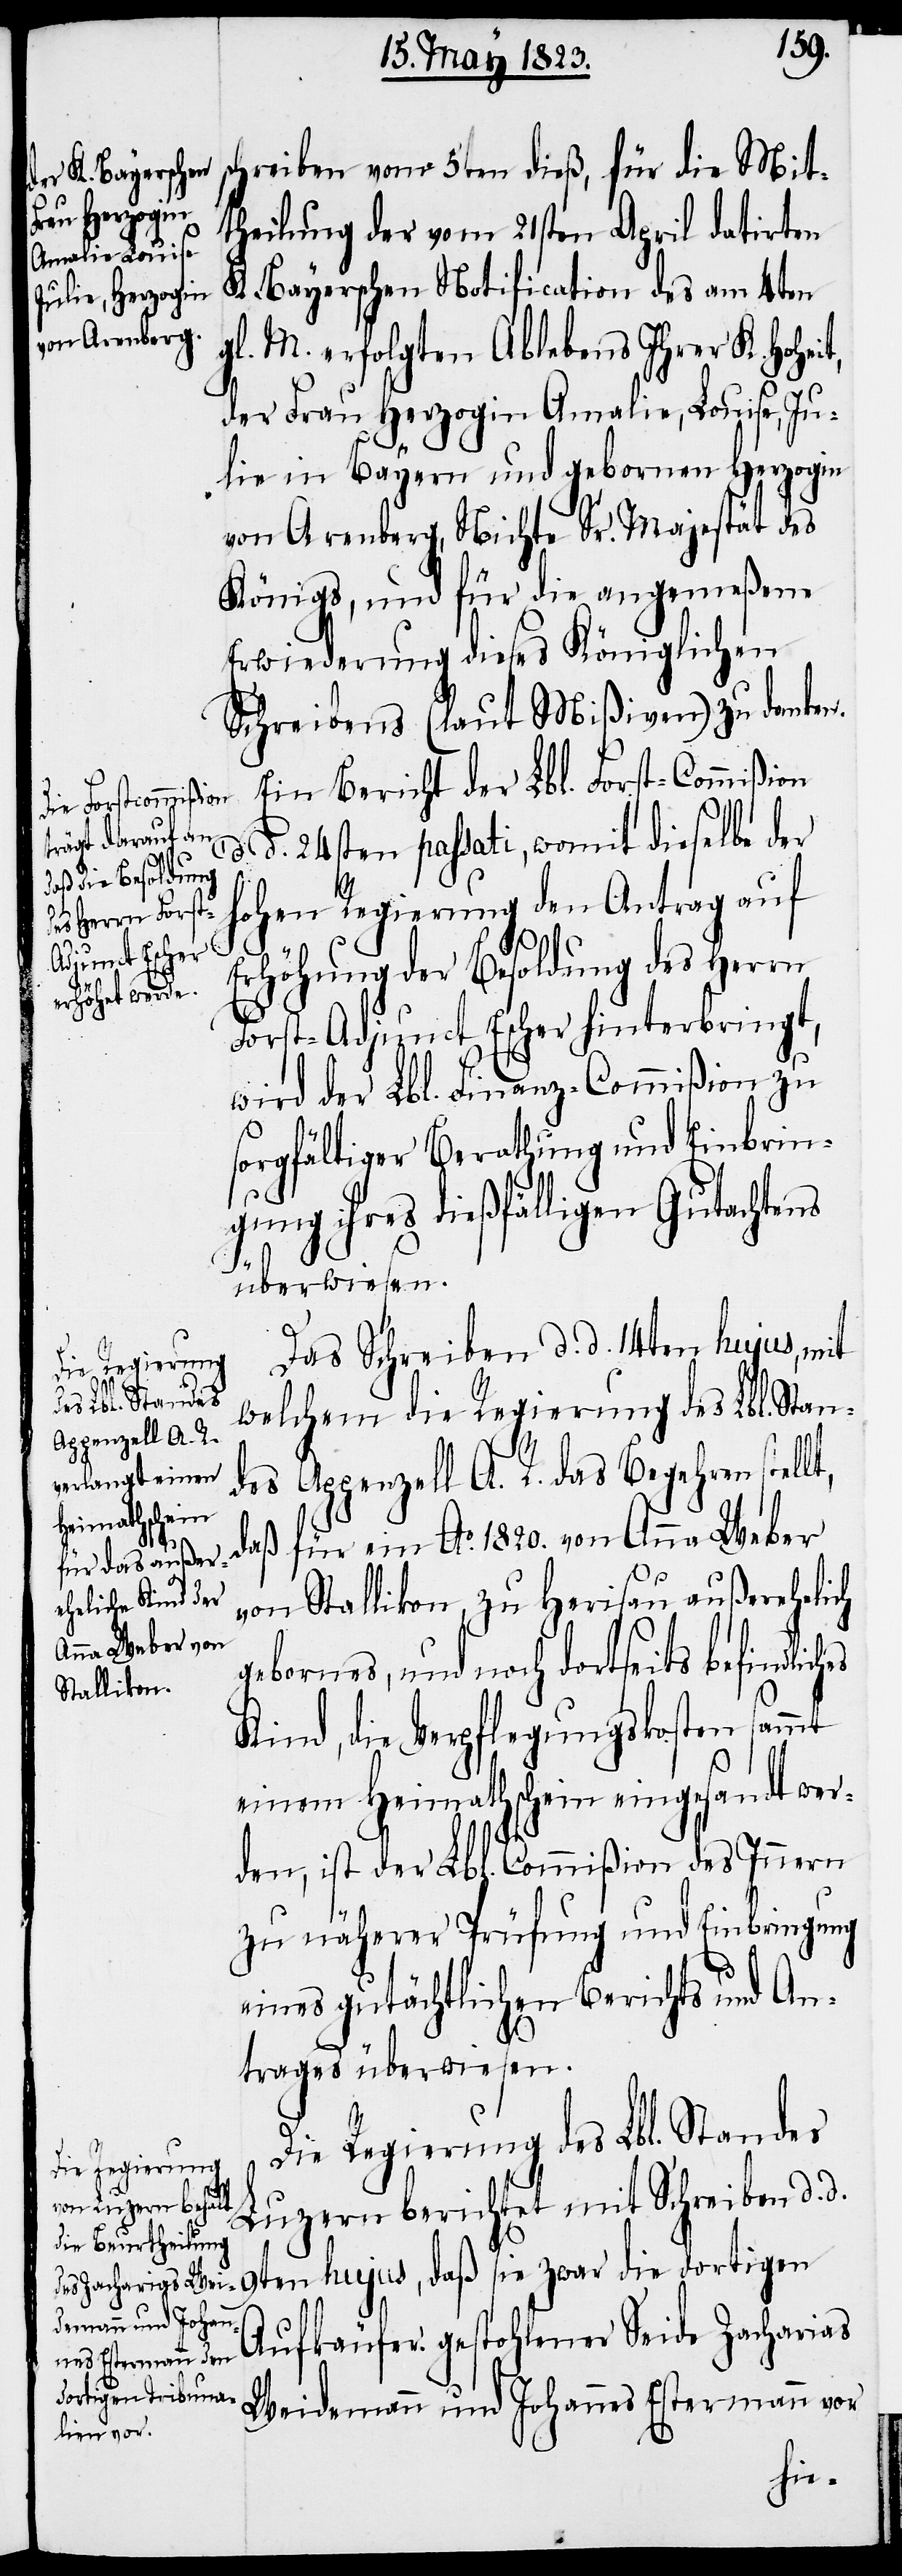
schreiben vom 5ten dieß, für die Mit¬
die dortigen
theilung der vom 21sten April datirten
K. Bayerschen Notification des am 4ten
gl. M. erfolgten Ablebens Ihrer K. Hohei¬
der Frau Herzogin Amalie, Louise, Ju¬
lie in Bayern und gebornen Herzogin
von Arenberg, Nichte Sr. Majestät des
Königs, und für die angemeßene
Erwiederung dieses Königlichen
Schreibens (laut Mißiven) zu danken.
Ein Bericht der Lbl. Forst-Commißion
d. d. 24sten passati, womit dieselbe der
hohen Regierung den Antrag auf
t,
Erhöhung der Besoldung des Herrn
Forst-Adjunct Escher hinterbringt,
wird der Lbl. Finanz-Commißion zu
sorgfältiger Berathung und Einbrin¬
gung ihres dießfälligen Gutachtens
hes
überwiesen.
Das Schreiben d. d. 14ten hujus, mit
welchem die Regierung des Lbl. Stan¬
des Appenzell A. R. das Begehren stel¬
lt,
daß für ein Ao. 1820. von Anna Weber
von Stallikon, zu Herisau außerehelich
gebornes, und noch dortseits befindlic¬
Kind, die Verpflegungskosten sammt
einem Heimathschein eingesandt wer¬
den, ist der Lbl. Commißion des Innern
zu näherer Prüfung und Einbringung
eines gutächtlichen Berichts und An¬
trages überwiesen.
Die Regierung des Lbl. Standes
Luzern berichtet mit Schreiben d. d.
Aufkäufer gestohlener Seide Zacharias
Weidemann und Johannes Estermann vor